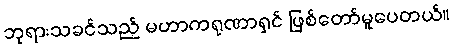
ဘုရားသခင်သည် မဟာကရုဏာရှင် ဖြစ်တော်မူပေတယ်။